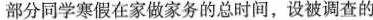
部分同学寒假在家做家务的总时间，设被调查的